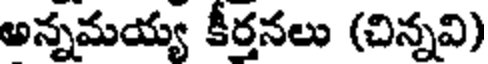
అన్నమయ్య కీర్తనలు (చిన్నవి)